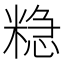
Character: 𮇮